Sanitation, dispensaries and jails vaccination Rajputana 1922-1927 - 1922-1927
Year: 1922
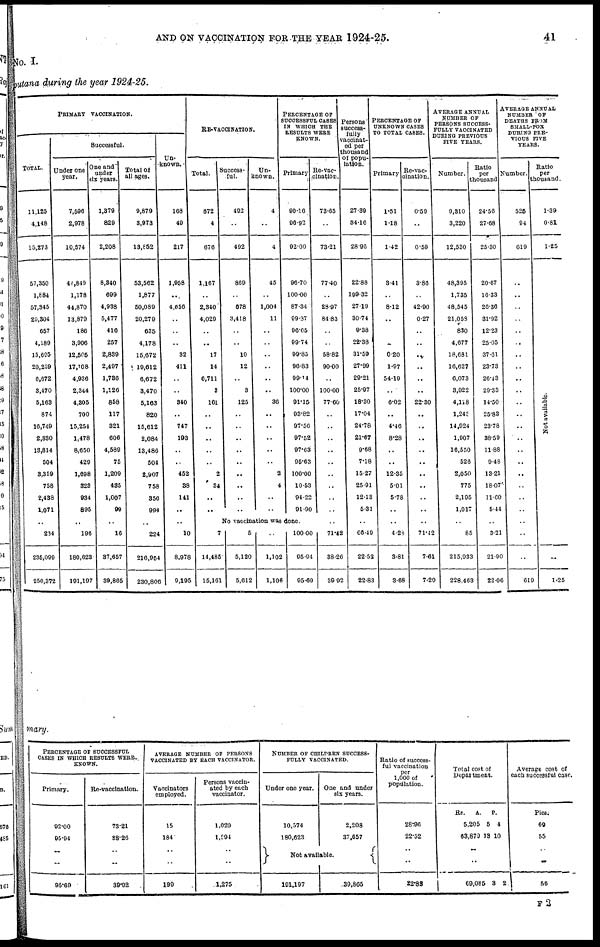
AND ON VACCINATION FOR THE YEAR 1924-25.
41
No. I.
putana during the year 1924-25.
PRIMARY VACCINATION.
TOTAL.
11,125
4,148
15,273
57,350
1,884
57,345
20,304
657
4,189
15,695
20,239
6,672
3,470
5,163
874
16,749
2,330
13,814
504
3,359
758
2,438
1,071
..
234
235,099
250,372
Successful.
Under one
year.
7,596
2,978
10,574
44,849
1,178
44,870
13,879
186
3,906
12,505
17,108
4,936
2,344
4,305
700
15,254
1,478
8,650
429
1,698
328
934
895
..
196
180,623
191,197
One and
under
six years.
1,379
829
2,208
8,340
699
4,938
5,477
416
257
2,839
2,497
1,736
1,126
858
117
321
606
4,589
75
1,209
435
1,007
99
..
16
37,657
39,865
Total of
all ages.
9,879
3,973
18,852
53,562
1,877
50,089
20,279
635
4,178
15,672
19,612
6,672
3,470
5,163
820
15,612
2,084
13,486
504
2,907
758
356
994
..
224
216,954
230,806
Un-
known.
168
49
217
1,958
..
4,656
..
..
..
32
411
..
..
340
..
747
193
..
..
452
38
141
..
..
10
8,978
9,195
RE-VACCINATION.
Total.
672
4
676
1,167
..
2,340
4,029
..
..
17
14
6,711
3
161
..
..
..
..
..
2
34
..
..
Success-
ful.
492
..
492
869
..
678
3,418
..
..
10
12
..
3
125
..
..
..
..
..
..
..
..
..
Un-
known.
4
..
4
45
..
1,004
11
..
..
..
..
..
..
36
..
..
..
..
..
2
4
..
..
PERCENTAGE OF
SUCCESSFUL CASES
IN WHICH THE
RESULTS WERE
KNOWN.
Primary
90.16
96.92
92.00
96.70
100.00
87.34
99.37
96.65
99.74
99.85
96.83
99.14
100.00
91.15
93.82
97.56
97.52
97.63
95.63
100.00
10.53
94.22
91.90
No vaccination was done.
7
14,485
15,161
5
5,120
5,612
..
1,102
1,106
100.00
95.94
95.69
Re-vac-
cination.
73.65
..
73.21
77.40
..
28.97
84.83
..
..
58.82
90.00
..
100.00
77.60
..
..
..
..
..
..
..
..
..
..
71.42
38.26
39.92
Persons
success-
fully
vaccinat-
ed per
thousand
of popu-
lation.
27.39
34.16
28.96
22.88
199.32
27.19
30.74
9.38
22.38
31.59
27.99
29.21
25.97
18.30
17.04
24.78
21.67
9.68
7.18
15.27
25.91
12.13
5.31
..
60.49
22.52
22.83
PERCENTAGE OF
UNKNOWN CASES
TO TOTAL CASES.
Primary
1.51
1.18
1.42
3.41
..
8.12
..
..
..
0.20
1.97
54.19
..
6.02
..
4.46
8.28
..
..
12.35
5.01
5.78
..
..
4.28
3.81
3.68
Re-vac¬
cination.
0.59
..
0.59
3.86
..
42.90
0.27
..
..
..
..
..
..
22.30
..
..
..
..
..
..
..
..
..
..
71.42
7.61
7.29
AVERAGE ANNUAL
NUMBER OF
PERSONS SUCCESS-
FULLY VACCINATED
DURING PREVIOUS
FIVE YEARS.
Number.
9,310
3,220
12,530
48,395
1,735
48,545
21,058
830
4,677
18,681
16,627
6,073
3,922
4,118
1,243
14,924
1,907
16,550
526
2,050
775
2,195
1,017
..
85
215,933
228,463
Ratio
per
thousand
24.56
27.68
25.30
20.67
16.33
26.36
31.92
12.23
25.05
37.61
23.73
26.43
29.33
14.50
25.83
23.78
38.59
11.88
9.48
13.21
18.07
11.00
5.44
..
3.21
21.90
22.06
AVERAGE ANNUAL
NUMBER OF
DEATHS FROM
SMALL-POX
DURING PRE-
VIOUS FIVE
YEARS.
Number.
525
94
619
..
..
..
..
..
..
..
..
..
..
..
..
..
..
..
..
..
..
..
..
..
..
..
619
Ratio
per
thousand.
1.39
0.81
1.25
Not available.
..
1.25
mary.
PERCENTAGE OF SUCCESSFUL
CASES IN WHICH RESULTS WERE
KNOWN.
Primary.
92.00
95.94
..
..
95.69
Re-vaccination.
73.21
38.26
..
..
39.92
AVERAGE NUMBER OF PERSONS
VACCINATED BY EACH VACCINATOR.
Vaccinators
employed.
15
184
..
..
199
Persons vaccin-
ated by each
vaccinator.
1,029
1,294
..
..
1,275
NUMBER OF CHILDREN SUCCESS-
FULLY VACCINATED.
Under one year.
10,574
180,623
One and under
six years.
2,208
37,657
Not available.
191,197
39,865
Ratio of success-
ful vaccination
per
1,000 of
population.
28.96
22.52
..
..
22.83
Total cost of
Department.
Rs.
5,205
63,879
A.
5
19
P.
4
10
..
..
69,085
3 2
Average cost of
each successful case.
Pies.
69
55
..
..
56
F 2